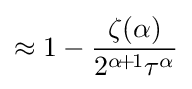
\approx 1-{\frac {\zeta (\alpha )}{2^{\alpha \!+\!1}\tau ^{\alpha }}}